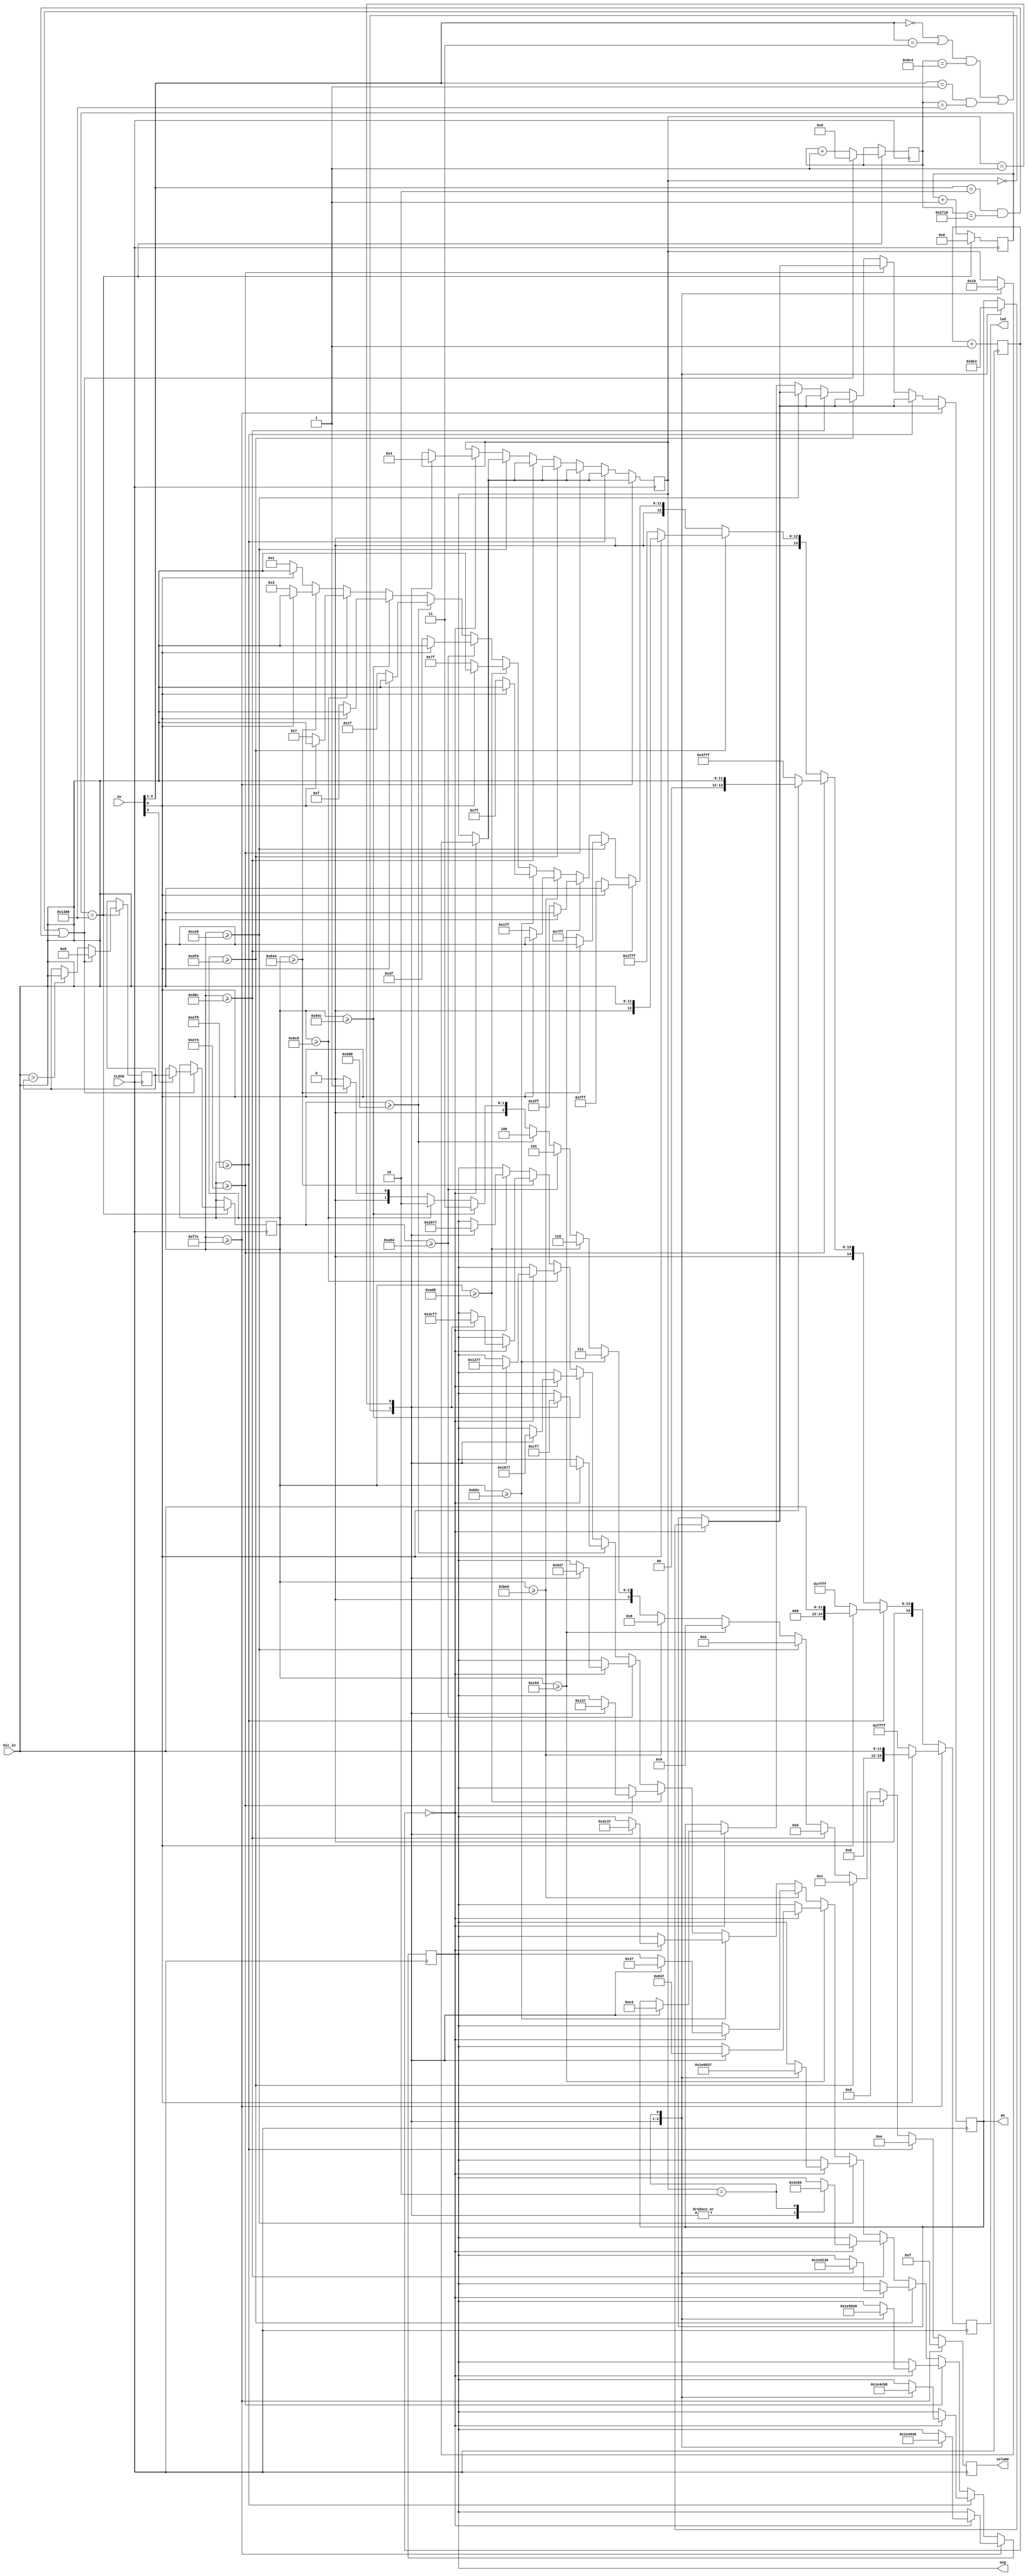
`timescale 1ns / 1ps
//////////////////////////////////////////////////////////////////////////////////
// Company: 
// Engineer: 
// 
// Design Name: 
// Module Name: mic_basic
// Project Name: 
// Target Devices: 
// Tool Versions: 
// Description: 
// 
// Dependencies: 
// 
// Revision:
// Revision 0.01 - File Created
// Additional Comments:
// 
//////////////////////////////////////////////////////////////////////////////////


module mic_basic(
    input CLOCK,
    input [11:0] mic_in,
    input [3:0]sw,
    output reg [15:0] led,
    output reg [3:0] an,
    output reg [6:0] seg,
    output reg [3:0] volume
    );
    
  reg [11:0]max=12'd0;
  reg [13:0]num=14'd0;
  reg [12:0]count1=12'b0;
  reg [17:0]count2=18'b0;

  reg [1:0] next=0;
  reg [11:0]current_max=12'd0;

  parameter lower_bound = 2116;
  parameter difference_seg = 132;

  always @ (posedge CLOCK) begin  
    count1 <= count1 + 1;
    count2 <= count2 + 1;
    if (count1[12:0]==13'b1001110001000) begin//20kHz
      if ( mic_in > max) max <= mic_in;
      num<=num+1;
      count1 <= 0;
      if ( ((sw[2:1] == 2'b00 || sw[2:1] == 2'b11) && num == 14'd2500) || (sw[2:1] == 2'b01 && num == 14'd5000) || (sw[2:1] == 2'b10 && num == 14'd10000) ) begin//8Hz, 4Hz, 2Hz
        current_max <= (sw[3])? max:current_max;
        num <= 0;
        max <= 0;   
      end
    end

    if ( current_max >= lower_bound + 14*difference_seg ) begin//15
      led <= (sw[0]) ? mic_in: 16'b1111111111111111;
      volume <= 4'd15;
      if (count2[17:0]==0)//381Hz for 7-segment display
        case(next)
          2'd0: 
            begin
              an <= 4'b1101;
              seg <= 7'b1111001;
              next <= 2'd1;
            end
          2'd1:
            begin
              an <= 4'b1110;
              seg <= 7'b0010010;
              next <= 2'd2;
            end
          2'd2:
            begin
              an <= 4'b0011;
              seg <= 7'b0110110;
              next <= 2'd0;
            end
        endcase
    end
    else if ( current_max >= lower_bound + 13*difference_seg) begin//14
      led <= (sw[0]) ? mic_in:16'b0111111111111111;
      volume <= 4'd14;
      if (count2[17:0]==0)
        case(next)
          2'd0:
            begin
              an <= 4'b1101;
              seg <= 7'b1111001;
              next <= 2'd1;
            end
          2'd1:
            begin
              an <= 4'b1110;
              seg <= 7'b0011001;
              next <= 2'd2;
            end
          2'd2:
            begin
              an <= 4'b0011;
              seg <= 7'b0110110;
              next <= 2'd0;
            end               
        endcase
    end
    else if ( current_max >= lower_bound + 12*difference_seg) begin//13
      led <= (sw[0]) ? mic_in:16'b0011111111111111;
      volume <= 4'd13;
      if (count2[17:0]==0)
        case(next)
          2'd0:
            begin
              an <= 4'b1101;
              seg <= 7'b1111001;
              next <= 2'd1;
            end
          2'd1:
            begin
              an <= 4'b1110;
              seg <= 7'b0110000;
              next <= 2'd2;
            end
          2'd2:
            begin
              an <= 4'b0011;
              seg <= 7'b0110110;
              next <= 2'd0;
            end          
        endcase
    end
    else if ( current_max >= lower_bound + 11*difference_seg) begin//12
      led <= (sw[0]) ? mic_in:16'b0001111111111111;
      volume <= 4'd12;
      if (count2[17:0]==0)
        case(next)
          2'd0:
            begin
              an <= 4'b1101;
              seg <= 7'b1111001;
              next <= 2'd1;
            end
          2'd1:
            begin
              an <= 4'b1110;
              seg <= 7'b0100100;
              next <= 2'd2;
            end
          2'd2:
            begin
              an <= 4'b0011;
              seg <= 7'b0110110;
              next <= 2'd0;
            end            
        endcase
    end
    else if ( current_max >= lower_bound + 10*difference_seg) begin//11
      led <= (sw[0]) ? mic_in:16'b0000111111111111;
      volume <= 4'd11;
      if (count2[17:0]==0)
        case(next)
          2'd0:
            begin
              an <= 4'b1101;
              seg <= 7'b1111001;
              next <= 2'd1;
            end
          2'd1:
            begin
              an <= 4'b1110;
              seg <= 7'b1111001;
              next <= 2'd2;
            end
          2'd2:
            begin
              an <= 4'b0011;
              seg <= 7'b0110110;
              next <= 2'd0;
            end  
        endcase
    end  
    else if ( current_max >= lower_bound + 9*difference_seg) begin//10
      led <= (sw[0]) ? mic_in:16'b0000011111111111;
      volume <= 4'd10;
      if (count2[17:0]==0)
        case(next)
          2'd0:
            begin
              an <= 4'b1101;
              seg <= 7'b1111001;
              next <= 2'd1;
            end
          2'd1:
            begin
              an <= 4'b1110;
              seg <= 7'b1000000;
              next <= 2'd2;
            end
          2'd2:
            begin
              an <= 4'b0011;
              seg <= 7'b0110111;
              next <= 2'd0;
            end             
        endcase
    end
    else if ( current_max >= lower_bound + 8*difference_seg) begin//9
      led <= (sw[0]) ? mic_in:16'b0000001111111111;
      volume <= 4'd9;
      if (count2[17:0]==0)
        case(next)
          2'd0:
            begin
              an <= 4'b1110;
              seg <= 7'b0010000;
              next <= 2'd1;
            end
          2'd1:
            begin
              an <= 4'b0011;
              seg <= 7'b0110111;
              next <= 2'd0;
            end             
        endcase
    end
    else if ( current_max >= lower_bound + 7*difference_seg) begin//8
      led <= (sw[0]) ? mic_in:16'b0000000111111111;
      volume <= 4'd8;
      if (count2[17:0]==0)
        case(next)
          2'd0:
            begin
              an <= 4'b1110;
              seg <= 7'b0000000;
              next <= 2'd1;
            end
          2'd1:
            begin
              an <= 4'b0011;
              seg <= 7'b0110111;
              next <= 2'd0;
            end             
        endcase
    end
    else if ( current_max >= lower_bound + 6*difference_seg) begin//7
      led <= (sw[0]) ? mic_in:16'b0000000011111111;
      volume <= 4'd7;
      if (count2[17:0]==0)
        case(next)
          2'd0:
            begin
              an <= 4'b1110;
              seg <= 7'b1111000;
              next <= 2'd1;
            end
          2'd1:
            begin
              an <= 4'b0011;
              seg <= 7'b0110111;
              next <= 2'd0;
            end             
        endcase      
    end
    else if ( current_max >= lower_bound + 5*difference_seg) begin//6
      led <= (sw[0]) ? mic_in:16'b0000000001111111;
      volume <= 4'd6;
      if (count2[17:0]==0)
        case(next)
          2'd0:
            begin
              an <= 4'b1110;
              seg <= 7'b0000010;
              next <= 2'd1;
            end
          2'd1:
            begin
              an <= 4'b0011;
              seg <= 7'b0110111;
              next <= 2'd0;
            end             
        endcase    
    end
    else if ( current_max >= lower_bound + 4*difference_seg) begin//5
      led <= (sw[0]) ? mic_in:16'b0000000000111111;
      volume <= 4'd5;
      if (count2[17:0]==0)
        case(next)
          2'd0:
            begin
              an <= 4'b1110;
              seg <= 7'b0010010;
              next <= 2'd1;
            end
          2'd1:
            begin
              an <= 4'b0011;
              seg <= 7'b0110111;
              next <= 2'd0;
            end             
        endcase      
    end     
    else if ( current_max >= lower_bound + 3*difference_seg) begin//4
      led <= (sw[0]) ? mic_in:16'b0000000000011111;
      volume <= 4'd4;
      if (count2[17:0]==0)
        case(next)
          2'd0:
            begin
              an <= 4'b1110;
              seg <= 7'b0011001;
              next <= 2'd1;
            end
          2'd1:
            begin
              an <= 4'b0011;
              seg <= 7'b1110111;
              next <= 2'd0;
            end             
        endcase      
    end  
    else if ( current_max >= lower_bound + 2*difference_seg) begin//3
      led <= (sw[0]) ? mic_in:16'b0000000000001111;
      volume <= 4'd3;
      if (count2[17:0]==0)
        case(next)
          2'd0:
            begin
              an <= 4'b1110;
              seg <= 7'b0110000;
              next <= 2'd1;
            end
          2'd1:
            begin
              an <= 4'b0011;
              seg <= 7'b1110111;
              next <= 2'd0;
            end             
        endcase      
    end                                              
    else if ( current_max >= lower_bound + 1*difference_seg) begin//2
      led <= (sw[0]) ? mic_in:16'b0000000000000111;
      volume <= 4'd2;
      if (count2[17:0]==0)
        case(next)
          2'd0:
            begin
              an <= 4'b1110;
              seg <= 7'b0100100;
              next <= 2'd1;
            end
          2'd1:
            begin
              an <= 4'b0011;
              seg <= 7'b1110111;
              next <= 2'd0;
            end             
        endcase      
    end             
    else if ( current_max >= lower_bound) begin//1
      led <= (sw[0]) ? mic_in:16'b0000000000000011;
      volume <= 4'd1;
      if (count2[17:0]==0)
        case(next)
          2'd0:
            begin
              an <= 4'b1110;
              seg <= 7'b1111001;
              next <= 2'd1;
            end
          2'd1:
            begin
              an <= 4'b0011;
              seg <= 7'b1110111;
              next <= 2'd0;
            end             
        endcase      
    end    
    else begin//0
      led <= (sw[0]) ? mic_in:16'b0000000000000001;
      volume <= 4'd0;
      if (count2[17:0]==0)
        case(next)
          2'd0:
            begin
              an <= 4'b1110;
              seg <= 7'b1000000;
              next <= 2'd1;
            end
          2'd1:
            begin
              an <= 4'b0011;
              seg <= 7'b1110111;
              next <= 2'd0;
            end             
        endcase      
    end
  end
endmodule